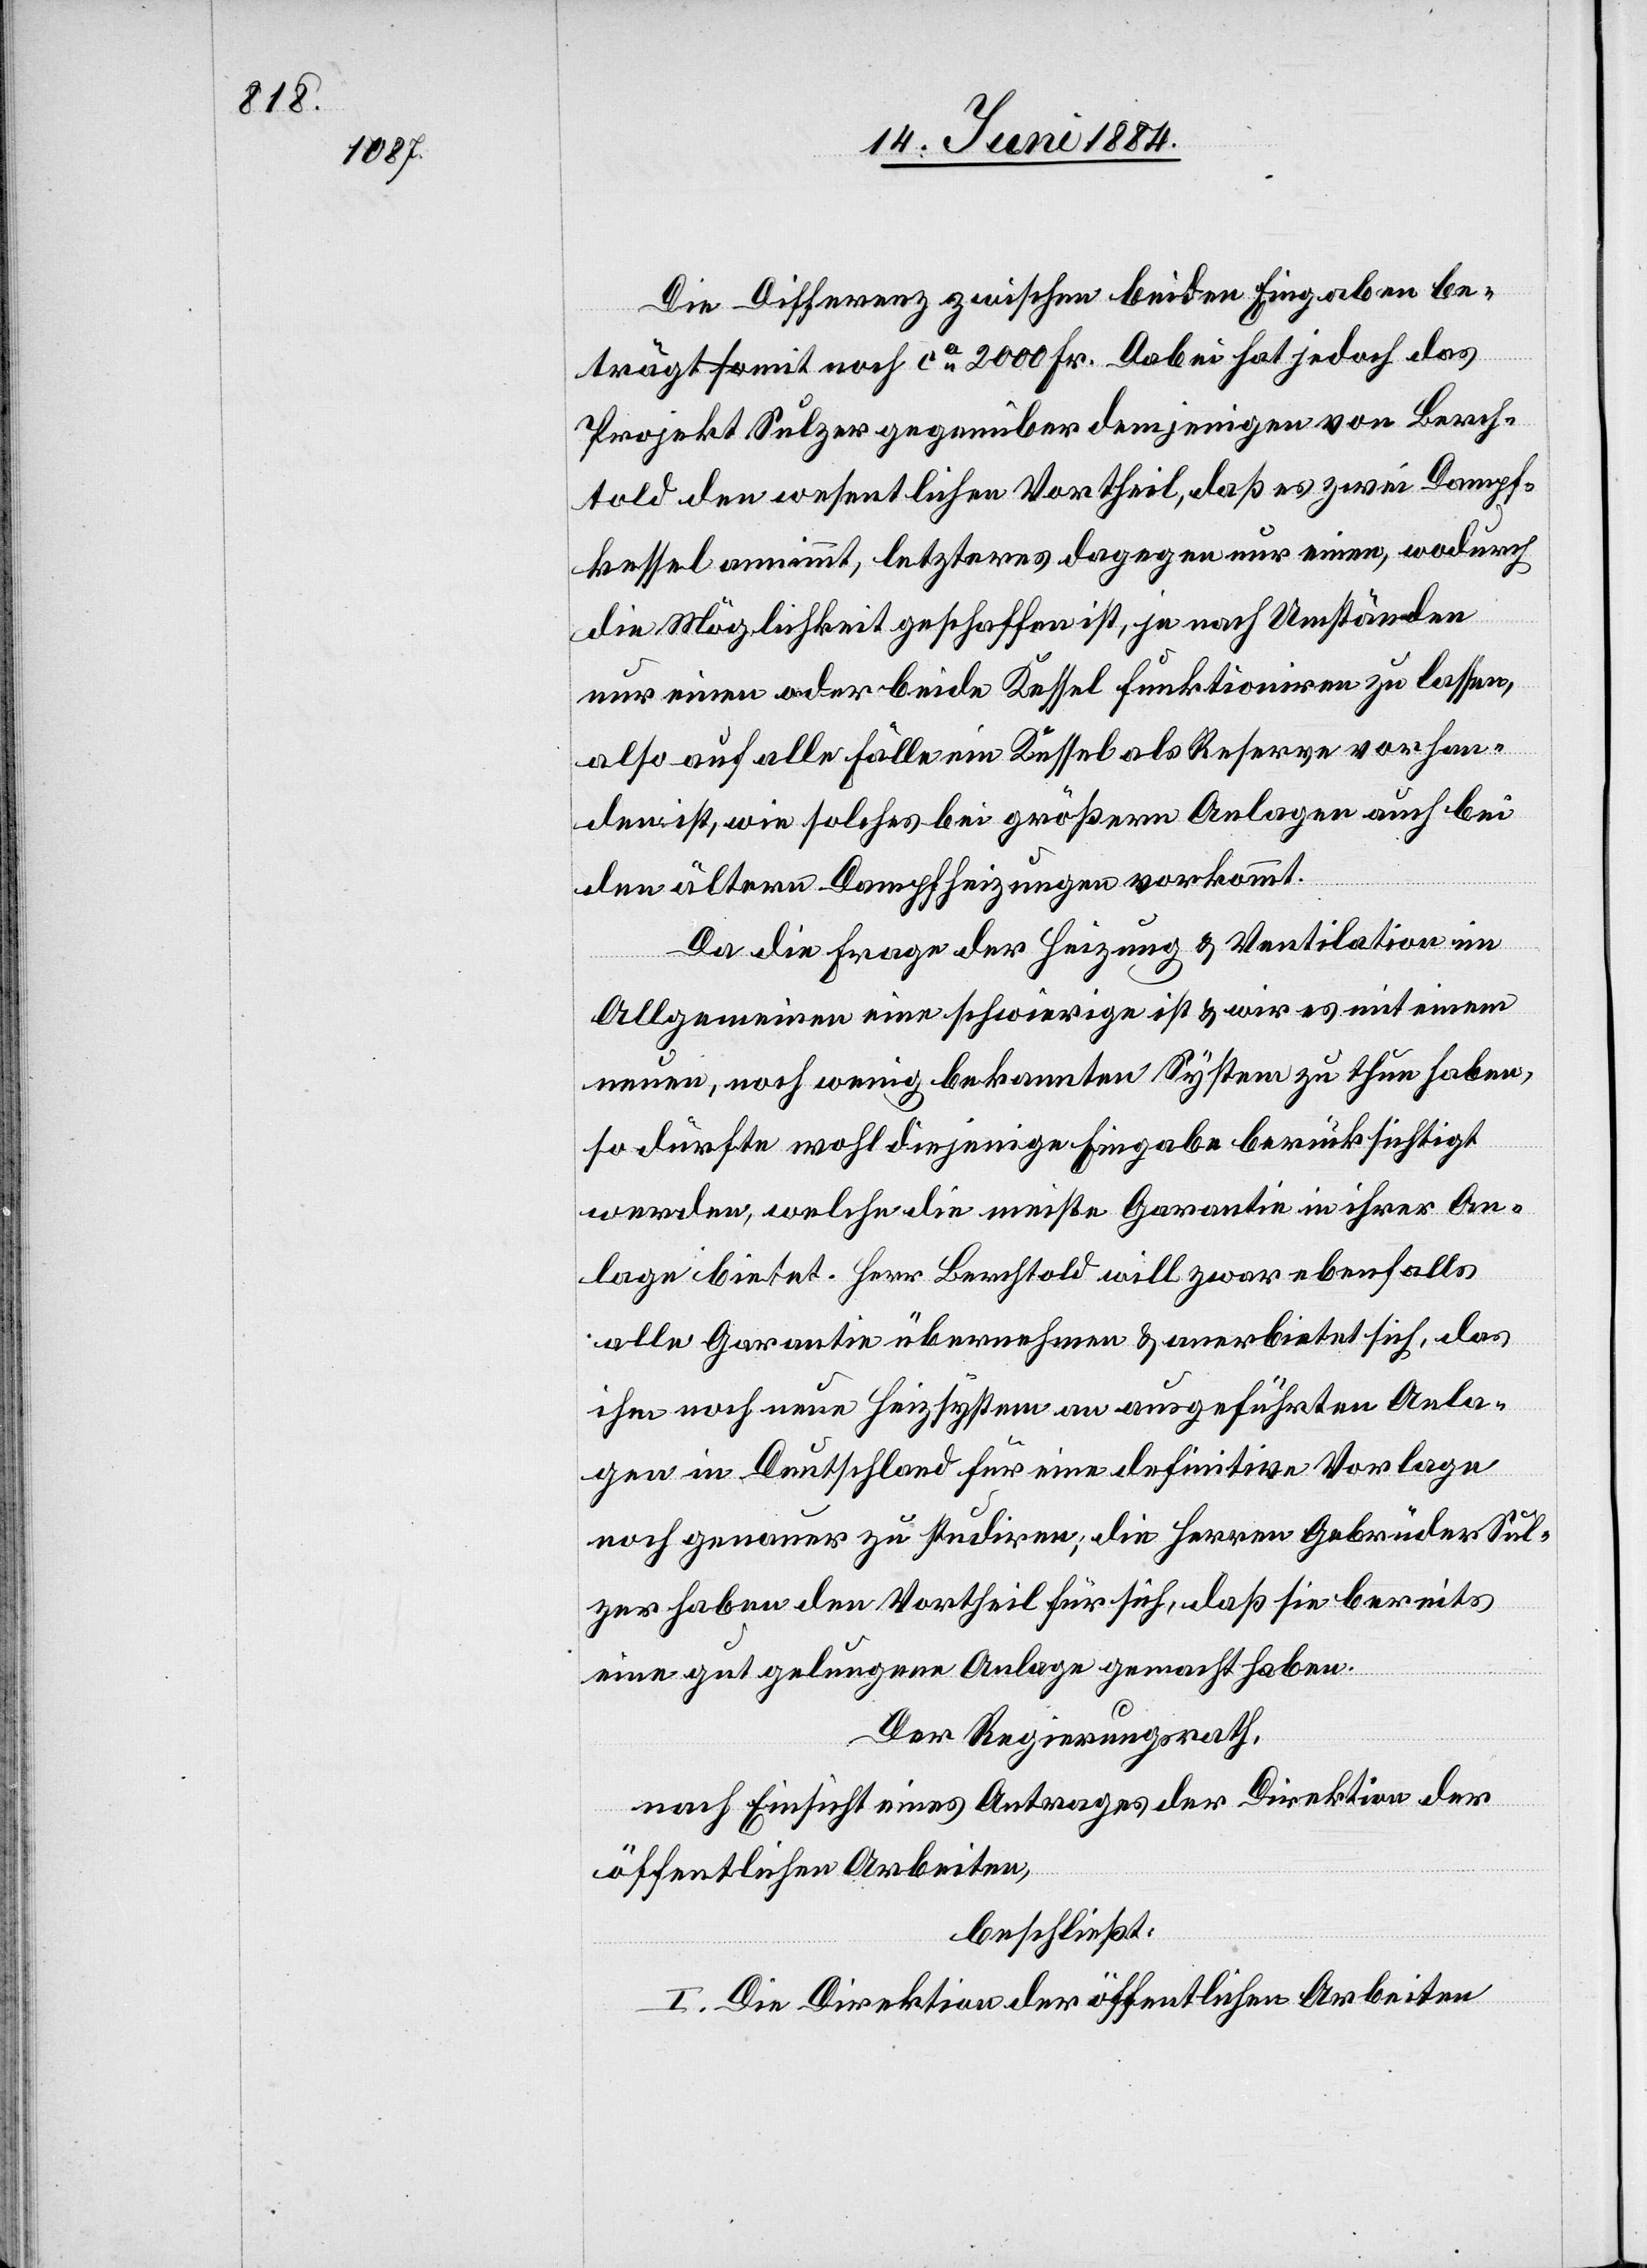
Die Differenz zwischen beiden Eingaben be¬
trägt somit noch ca 2000 Fr. Dabei hat jedoch das
Projekt Sulzer gegenüber demjenigen von Berch¬
told den wesentlichen Vortheil, daß es zwei Dampf¬
kessel annimmt, letzteres dagegen nur einen, wodurch
die Möglichkeit geschaffen ist, je nach Umständen
nur einen oder beide Kessel funktioniren zu lassen,
also auf alle Fälle ein Kessel als Reserve vorhan¬
den ist, wie solches bei größern Anlagen auch bei
den ältern Dampfheizungen vorkommt.
Da die Frage der Heizung & Ventilation im
Allgemeinen eine schwierige ist & wir es mit einem
neuen, noch wenig bekannten System zu thun haben,
so dürfte wohl diejenige Eingabe berücksichtigt
werden, welche die meiste Garantie in ihrer An¬
lage bietet. Herr Berchtold will zwar ebenfalls
alle Garantie übernehmen & anerbietet sich, das
ihm noch neue Heizsystem an ausgeführten Anla¬
gen in Deutschland für eine definitive Vorlage
noch genauer zu studiren, die Herren Gebrüder Sul¬
zer haben den Vortheil für sich, daß sie bereits
eine gut gelungene Anlage gemacht haben.
Der Regierungsrath,
nach Einsicht eines Antrages der Direktion der
öffentlichen Arbeiten,
beschließt:
I. Die Direktion der öffentlichen Arbeiten